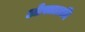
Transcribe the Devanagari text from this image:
ओस्तात्की